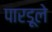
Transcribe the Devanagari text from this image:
पारडूले